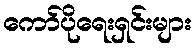
ကော်ပိုရေးရှင်းများ